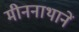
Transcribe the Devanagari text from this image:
मीननाथानें